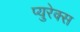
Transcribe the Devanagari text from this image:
प्युरेक्स